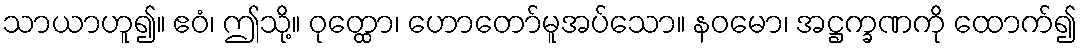
သာယာဟူ၍။ ဧဝံ၊ ဤသို့။ ဝုတ္ထော၊ ဟောတော်မူအပ်သော။ နဝမော၊ အဋ္ဌက္ခဏကို ထောက်၍